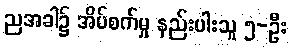
ညအခါ၌ အိပ်စက်မှု နည်းပါးသူ ၅-ဦး